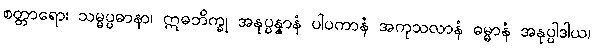
စတ္တာရော၊ သမ္မပ္ပဓာနာ၊ ဣဓဘိက္ခု အနုပ္ပန္နာနံ ပါပကာနံ အကုသလာနံ ဓမ္မာနံ အနုပ္ပါဒါယ၊